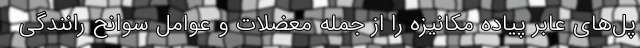
پل‌های عابر پیاده مکانیزه را از جمله معضلات و عوامل سوانح رانندگی